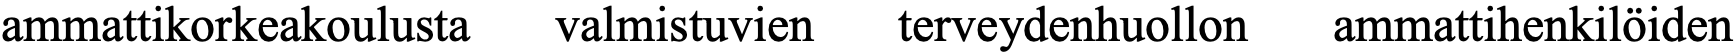
ammattikorkeakoulusta valmistuvien terveydenhuollon ammattihenkilöiden